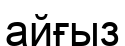
айғыз